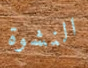
النشوة